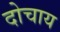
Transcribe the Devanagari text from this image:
दोचाय